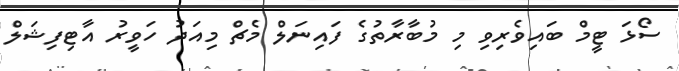
ސޯޅަ ޓީމް ބައިވެރިވި މި މުބާރާތުގެ ފައިނަލް މެޗް މިއަދު ހަވީރު އާޓިފިޝަލް